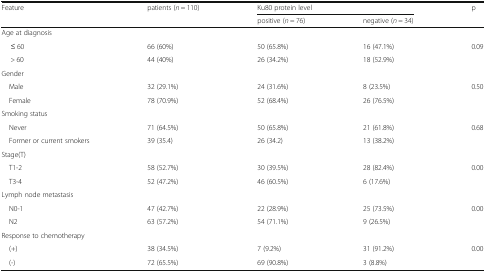
<table><thead><tr><td rowspan="2"><b>Feature</b></td><td rowspan="2"><b>patients (<i>n</i> = 110)</b></td><td colspan="2"><b>Ku80 protein level</b></td><td rowspan="2"><b>p</b></td></tr><tr><td><b>positive (<i>n</i> = 76)</b></td><td><b>negative (<i>n</i> = 34)</b></td></tr></thead><tbody><tr><td colspan="5">Age at diagnosis</td></tr><tr><td>≤ 60</td><td>66 (60%)</td><td>50 (65.8%)</td><td>16 (47.1%)</td><td rowspan="2">0.09</td></tr><tr><td>&gt; 60</td><td>44 (40%)</td><td>26 (34.2%)</td><td>18 (52.9%)</td></tr><tr><td colspan="5">Gender</td></tr><tr><td> Male</td><td>32 (29.1%)</td><td>24 (31.6%)</td><td>8 (23.5%)</td><td rowspan="2">0.50</td></tr><tr><td> Female</td><td>78 (70.9%)</td><td>52 (68.4%)</td><td>26 (76.5%)</td></tr><tr><td colspan="5">Smoking status</td></tr><tr><td> Never</td><td>71 (64.5%)</td><td>50 (65.8%)</td><td>21 (61.8%)</td><td rowspan="2">0.68</td></tr><tr><td> Former or current smokers</td><td>39 (35.4)</td><td>26 (34.2)</td><td>13 (38.2%)</td></tr><tr><td colspan="5">Stage(T)</td></tr><tr><td> T1-2</td><td>58 (52.7%)</td><td>30 (39.5%)</td><td>28 (82.4%)</td><td rowspan="2">0.00</td></tr><tr><td> T3-4</td><td>52 (47.2%)</td><td>46 (60.5%)</td><td>6 (17.6%)</td></tr><tr><td colspan="5">Lymph node metastasis</td></tr><tr><td> N0-1</td><td>47 (42.7%)</td><td>22 (28.9%)</td><td>25 (73.5%)</td><td rowspan="2">0.00</td></tr><tr><td> N2</td><td>63 (57.2%)</td><td>54 (71.1%)</td><td>9 (26.5%)</td></tr><tr><td colspan="5">Response to chemotherapy</td></tr><tr><td> (+)</td><td>38 (34.5%)</td><td>7 (9.2%)</td><td>31 (91.2%)</td><td rowspan="2">0.00</td></tr><tr><td> (-)</td><td>72 (65.5%)</td><td>69 (90.8%)</td><td>3 (8.8%)</td></tr></tbody></table>